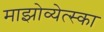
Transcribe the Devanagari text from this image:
माझोव्येत्स्का